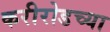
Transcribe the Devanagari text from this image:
करीरोडच्या